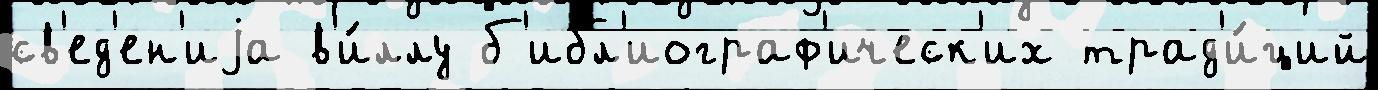
св'ед'ен'иjа в'и́ллу б'ибл'иограф'ическ'их трад'и́ций